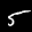
Label: 5